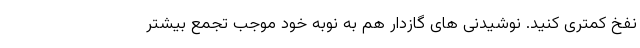
نفخ کمتری کنید. نوشیدنی های گازدار هم به نوبه خود موجب تجمع بیشتر